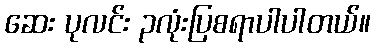
ဆေး ပုလင်း ၃လုံးပြစရာပါပါတယ်။